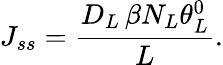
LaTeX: {{J}_{ss}}=\frac{{{D}_{L}}\, \beta{{N}_{L}\theta_{L}^{0}}}{L}.